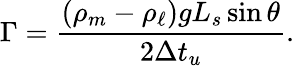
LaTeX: \Gamma=\frac{(\rho_{m}-\rho_{\ell})gL_{s}\sin\theta}{2\Delta t_{u}}.